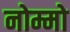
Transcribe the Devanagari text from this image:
नोम्मो